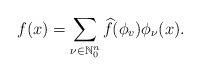
LaTeX: \begin{align*}f(x)=\sum_{\nu\in \mathbb{N}^n_0}\widehat{f}(\phi_v)\phi_\nu(x).\end{align*}